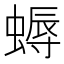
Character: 𧏯